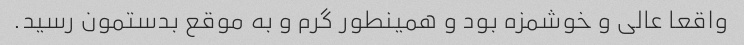
واقعا عالی و خوشمزه بود و همینطور گرم و به موقع بدستمون رسید.